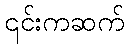
၎င်းကဆက်